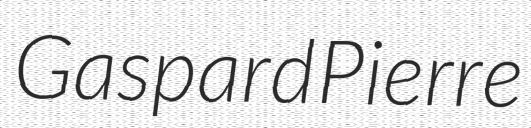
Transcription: Gaspard Pierre